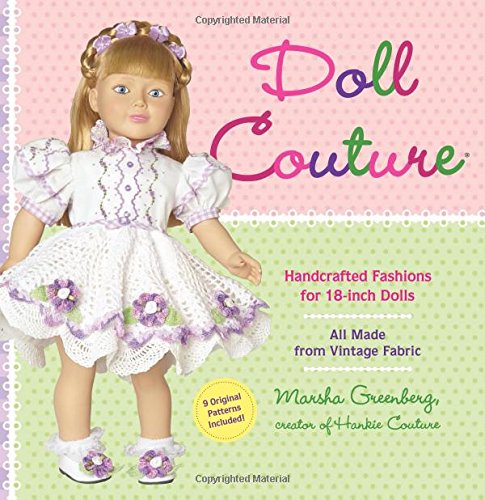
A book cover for Doll Couture: Handcrafted Fashions for 18-inch Dolls; Marsha Greenberg; Crafts, Hobbies & Home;